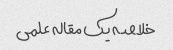
خلاصه یک مقاله علمی